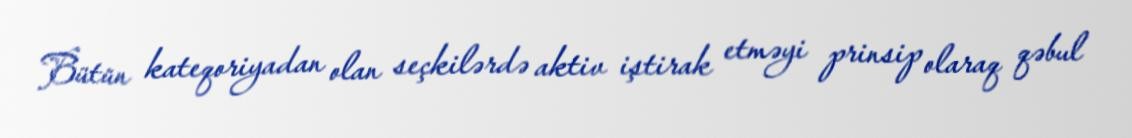
Bütün kateqoriyadan olan seçkilərdə aktiv iştirak etməyi prinsip olaraq qəbul